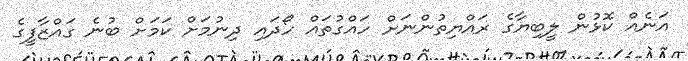
އަނެއް ކޮޅުން ލީބިޔާގެ ރައްޔިތުންނަށް ހައްގުތައް ހޯދައި ދިނުމަށް ކަމަށް ބުނެ ގައްޒާފީގެ